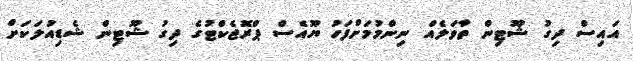
އައިސް ދިގު ޝޫޓިން ތާވަލެއް ނިންމުމަށްފަހު ޔޫއެސް ޕްރޮޖެކްޓުގެ ދިގު ޝޫޓިން ޝެޑިއުލަކަށް